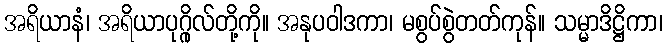
အရိယာနံ၊ အရိယာပုဂ္ဂိုလ်တို့ကို။ အနုပဝါဒကာ၊ မစွပ်စွဲတတ်ကုန်။ သမ္မာဒိဋ္ဌိကာ၊